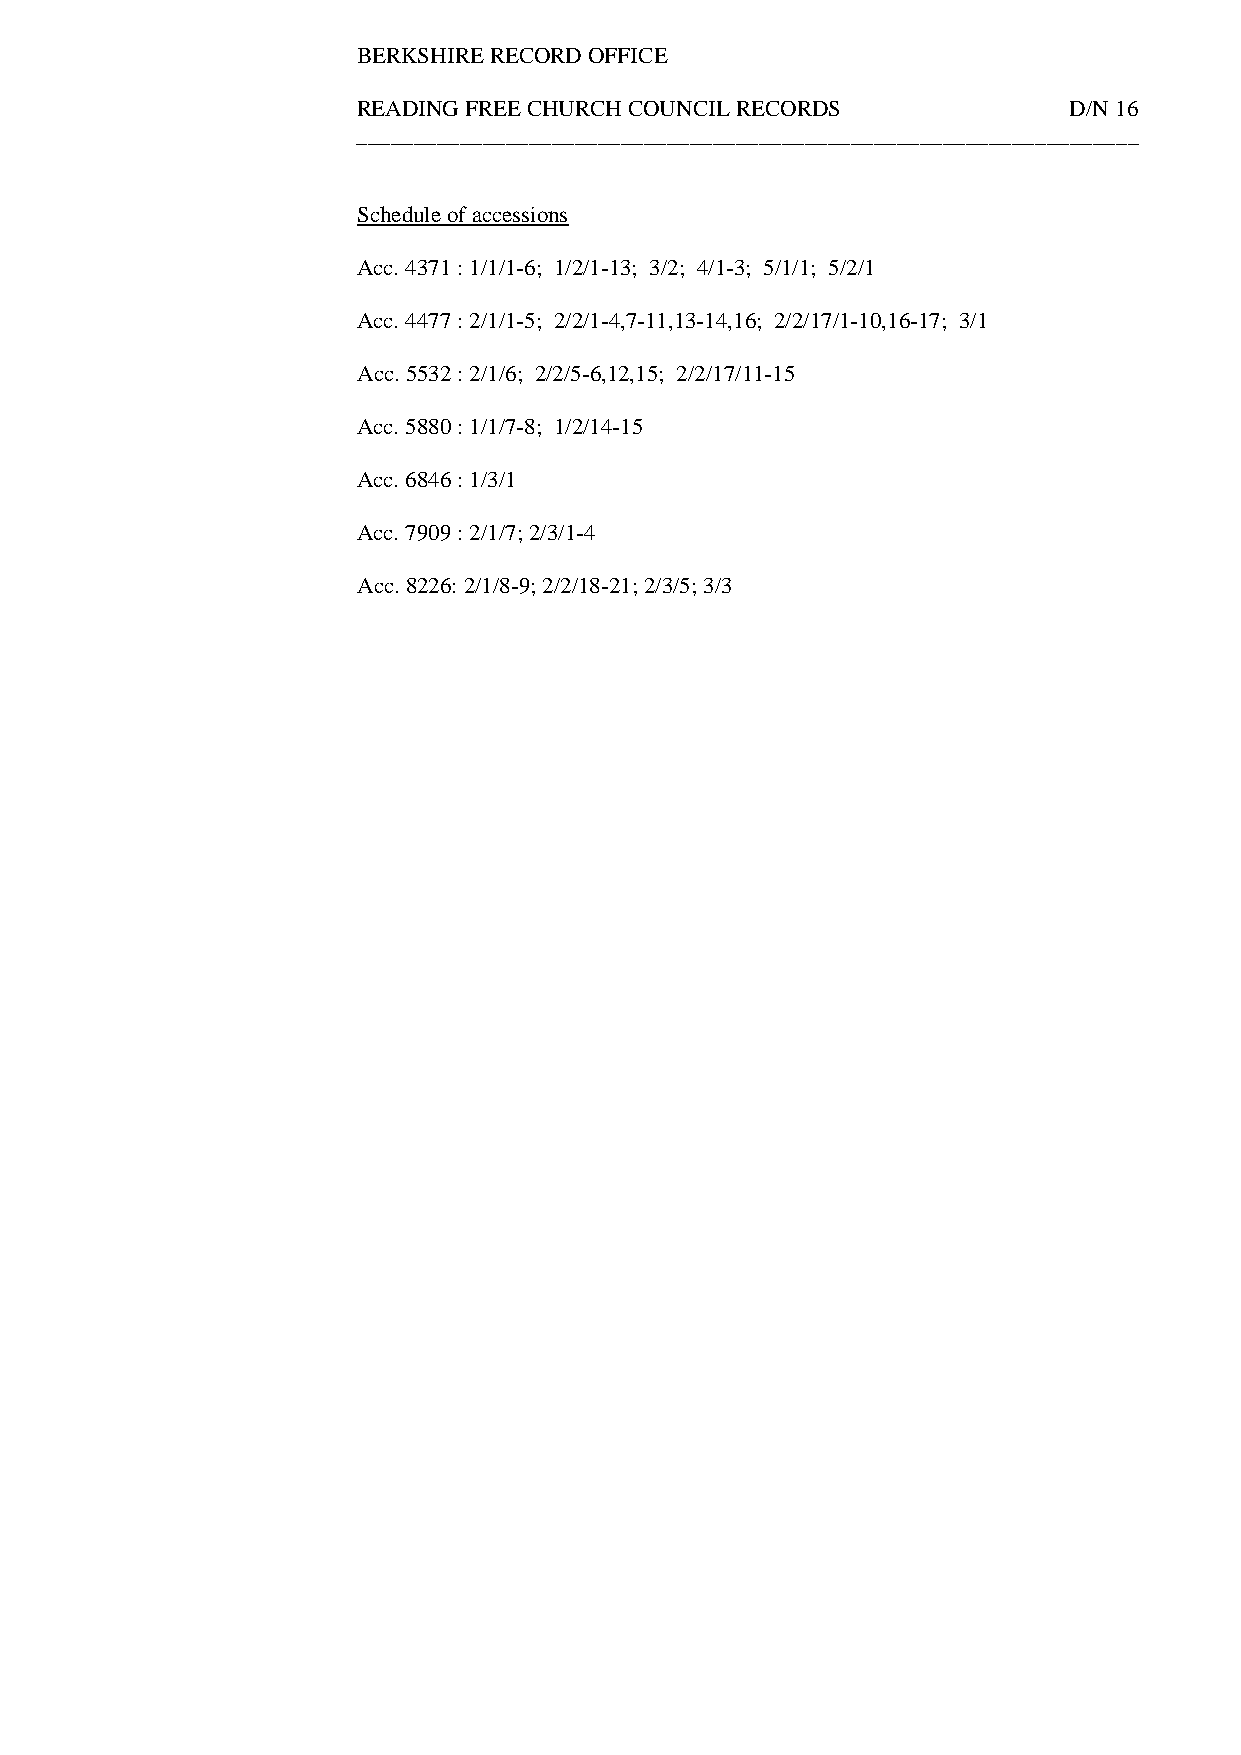
BERKSHIRE RECORD OFFICE
 READING FREE CHURCH COUNCIL RECORDS            D/N 16
 ____________________________________________________________________
 Schedule of accessions
 Acc. 4371 : 1/1/1-6; 1/2/1-13; 3/2; 4/1-3; 5/1/1; 5/2/1
 Acc. 4477 : 2/1/1-5; 2/2/1-4,7-11,13-14,16; 2/2/17/1-10,16-17; 3/1
 Acc. 5532 : 2/1/6; 2/2/5-6,12,15; 2/2/17/11-15
 Acc. 5880 : 1/1/7-8; 1/2/14-15
 Acc. 6846 : 1/3/1
 Acc. 7909 : 2/1/7; 2/3/1-4
 Acc. 8226: 2/1/8-9; 2/2/18-21; 2/3/5; 3/3